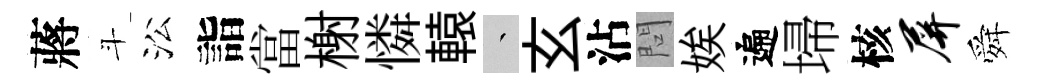
蔣斗㳂詣當榭憐轅叢玄沾問娭遍埽核屏舜